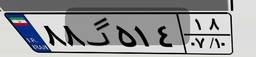
۸۸گ۵۱۴۱۸